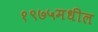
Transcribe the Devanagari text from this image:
१९७५मधील